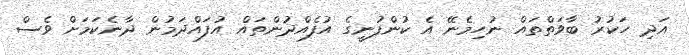
އަދި ހަކުރު ބާވަތްތައް ނުހިމެނޭ އެ ކުންފުނީގެ އުފެއްދުންތައް އުފައްދަމުން ދާނެކަމަށް ވެސް